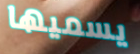
يسميها